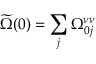
\widetilde \Omega ( 0 ) = \sum _ { j } \Omega _ { 0 j } ^ { \nu \nu }